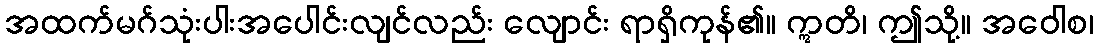
အထက်မဂ်သုံးပါးအပေါင်းလျင်လည်း လျောင်း ရာရှိကုန်၏။ ဣတိ၊ ဤသို့။ အဝေါစ၊